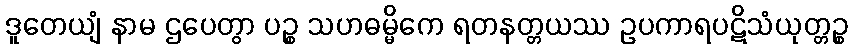
ဒူတေယျံ နာမ ဌပေတွာ ပဉ္စ သဟဓမ္မိကေ ရတနတ္တယဿ ဥပကာရပဋိသံယုတ္တဉ္စ